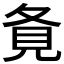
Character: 𡕚